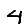
Digit: 4